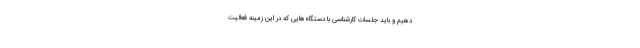
دهیم و باید جلسات کارشناسی با دستگاه‌هایی که در این زمینه فعالیت